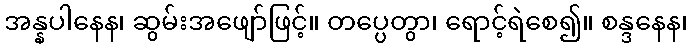
အန္နပါနေန၊ ဆွမ်းအဖျော်ဖြင့်။ တပ္ပေတွာ၊ ရောင့်ရဲစေ၍။ စန္ဒနေန၊